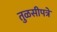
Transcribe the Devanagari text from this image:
तुळसीपत्रे